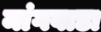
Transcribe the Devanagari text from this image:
मांगवाडा